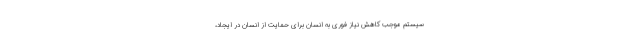
سیستم موجب کاهش نیاز فوری به انسان برای حمایت از انسان در ایجاد،